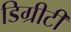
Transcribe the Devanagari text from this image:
डिग्रीटी